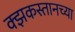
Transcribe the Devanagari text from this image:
क्झकस्तानच्या